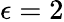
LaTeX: \epsilon=2